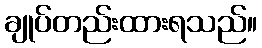
ချုပ်တည်းထားရသည်။